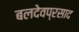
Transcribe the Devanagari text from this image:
बलदेवप्रसाद